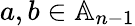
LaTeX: a,b\in\mathbb{A}_{n-1}